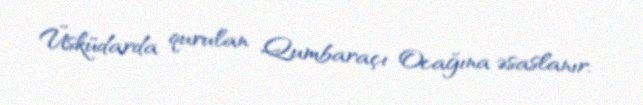
Üsküdarda qurulan Qumbaraçı Ocağına əsaslanır.